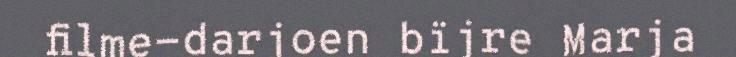
filme-darjoen bïjre Marja